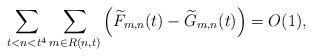
LaTeX: \begin{align*}\sum_{t<n<t^4} \sum_{m\in R(n,t)} \left(\widetilde{F}_{m,n}(t) - \widetilde{G}_{m,n}(t)\right) = O(1),\end{align*}